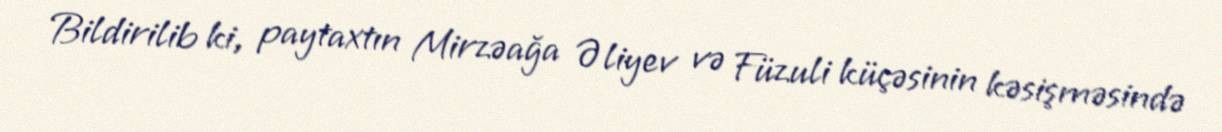
Bildirilib ki, paytaxtın Mirzəağa Əliyev və Füzuli küçəsinin kəsişməsində